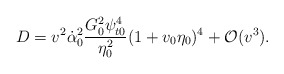
\begin{align*} D=v^2\dot{\alpha}_0^2\frac{G_0^2\psi_{t0}^4}{\eta_0^2}(1+v_0\eta_0)^4+\mathcal{O}(v^3).\end{align*}